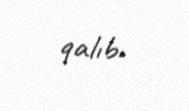
qalıb.